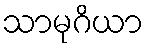
သာမုဂိယာ